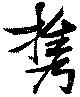
携